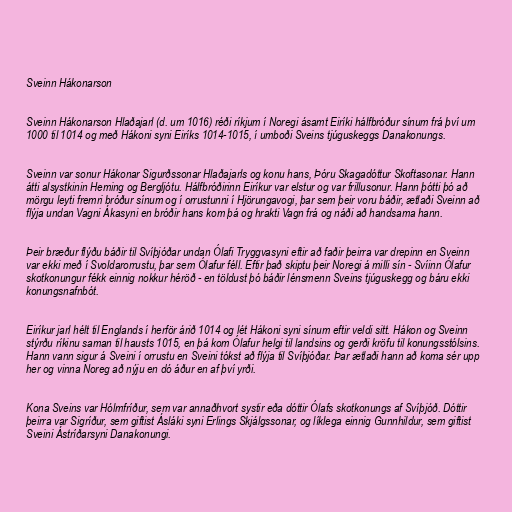
Sveinn Hákonarson

Sveinn Hákonarson Hlaðajarl (d. um 1016) réði ríkjum í Noregi ásamt Eiríki hálfbróður sínum frá því um
1000 til 1014 og með Hákoni syni Eiríks 1014-1015, í umboði Sveins tjúguskeggs Danakonungs.

Sveinn var sonur Hákonar Sigurðssonar Hlaðajarls og konu hans, Þóru Skagadóttur Skoftasonar. Hann
átti alsystkinin Heming og Bergljótu. Hálfbróðirinn Eiríkur var elstur og var frillusonur. Hann þótti þó að
mörgu leyti fremri bróður sínum og í orrustunni í Hjörungavogi, þar sem þeir voru báðir, ætlaði Sveinn að
flýja undan Vagni Ákasyni en bróðir hans kom þá og hrakti Vagn frá og náði að handsama hann.

Þeir bræður flýðu báðir til Svíþjóðar undan Ólafi Tryggvasyni eftir að faðir þeirra var drepinn en Sveinn
var ekki með í Svoldarorrustu, þar sem Ólafur féll. Eftir það skiptu þeir Noregi á milli sín - Svíinn Ólafur
skotkonungur fékk einnig nokkur héröð - en töldust þó báðir lénsmenn Sveins tjúguskegg og báru ekki
konungsnafnbót.

Eiríkur jarl hélt til Englands í herför árið 1014 og lét Hákoni syni sínum eftir veldi sitt. Hákon og Sveinn
stýrðu ríkinu saman til hausts 1015, en þá kom Ólafur helgi til landsins og gerði kröfu til konungsstólsins.
Hann vann sigur á Sveini í orrustu en Sveini tókst að flýja til Svíþjóðar. Þar ætlaði hann að koma sér upp
her og vinna Noreg að nýju en dó áður en af því yrði.

Kona Sveins var Hólmfríður, sem var annaðhvort systir eða dóttir Ólafs skotkonungs af Svíþjóð. Dóttir
þeirra var Sigríður, sem giftist Ásláki syni Erlings Skjálgssonar, og líklega einnig Gunnhildur, sem giftist
Sveini Ástríðarsyni Danakonungi.